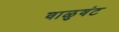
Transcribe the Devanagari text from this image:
वाळुवंट